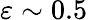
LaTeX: \varepsilon\sim 0.5